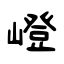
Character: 嶝